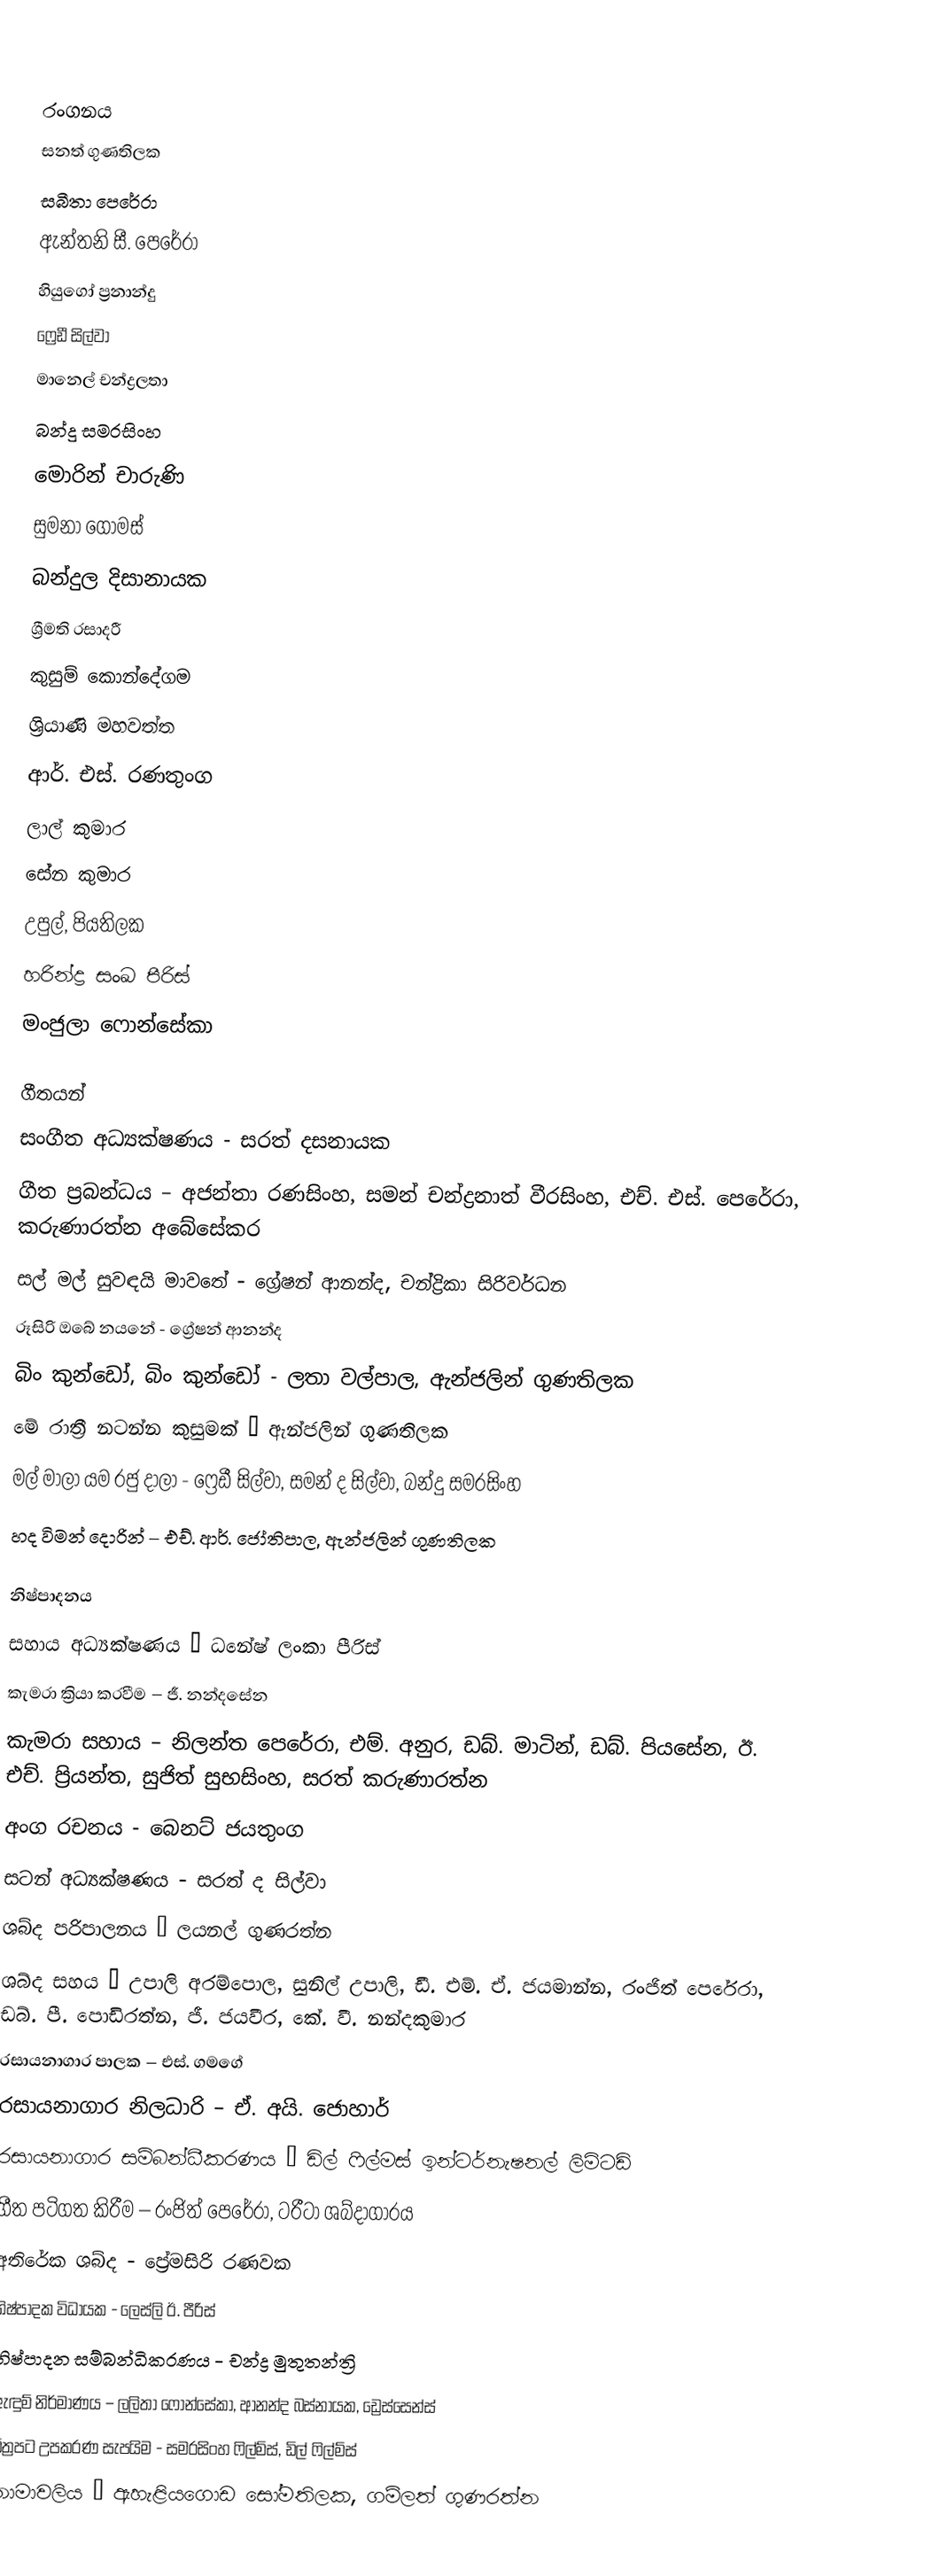

රංගනය
සනත් ගුණතිලක
සබීතා පෙරේරා
ඇන්තනි සී. පෙරේරා
හියුගෝ ප්‍රනාන්දු
ෆ්‍රෙඩී සිල්වා
මානෙල් චන්ද්‍රලතා
බන්දු සමරසිංහ
මොරින් චාරුණි
සුමනා ගෝමස්
බන්දුල දිසානායක
ශ්‍රීමති රසාදරී
කුසුම් කොන්දේගම
ශ්‍රියාණි මහවත්ත
ආර්. එස්. රණතුංග
ලාල් කුමාර
සේන කුමාර
උපුල්, පියතිලක
හරින්ද්‍ර සංඛ පීරිස්
මංජුලා ෆොන්සේකා

ගීතයන්
සංගීත අධ්‍යක්ෂණය - සරත් දසනායක
ගීත ප්‍රබන්ධය – අජන්තා රණසිංහ, සමන් චන්ද්‍රනාත් වීරසිංහ, එච්. එස්. පෙරේරා, කරුණාරත්න අබේසේකර
සල් මල් සුවඳයි මාවතේ - ග්‍රේෂන් ආනන්ද, චන්ද්‍රිකා සිරිවර්ධන
රූසිරි ඔබේ නයනේ - ග්‍රේෂන් ආනන්ද
බිං කුන්ඩෝ, බිං කුන්ඩෝ - ලතා වල්පාල, ඇන්ජලින් ගුණතිලක
මේ රාත්‍රී නටන්න කුසුමක් – ඇන්ජලින් ගුණතිලක
මල් මාලා යම රජු දාලා - ෆ්‍රෙඩී සිල්වා, සමන් ද සිල්වා, බන්දු සමරසිංහ
හද විමන් දොරින් – එච්. ආර්. ජෝතිපාල, ඇන්ජලින් ගුණතිලක

නිෂ්පාදනය
සහාය අධ්‍යක්ෂණය – ධනේෂ් ලංකා පීරිස්
කැමරා ක්‍රියා කරවීම – ජී. නන්දසේන
කැමරා සහාය – නිලන්ත පෙරේරා, එම්. අනුර, ඩබ්. මාටින්, ඩබ්. පියසේන, ඊ. එච්. ප්‍රියන්ත, සුජිත් සුභසිංහ, සරත් කරුණාරත්න
අංග රචනය - බෙනට් ජයතුංග
සටන් අධ්‍යක්ෂණය - සරත් ද සිල්වා
ශබ්ද පරිපාලනය – ලයනල් ගුණරත්න
ශබ්ද සහය – උපාලි අරම්පොල, සුනිල් උපාලි, ඩී. එම්. ඒ. ජයමාන්න, රංජිත් පෙරේරා, ඩබ්. පී. පොඩිරත්න, ජී. ජයවීර, කේ. වී. නන්දකුමාර
රසායනාගාර පාලක – එස්. ගමගේ
රසායනාගාර නිලධාරි – ඒ. අයි. ජොහාර්
රසායනාගාර සම්බන්ධීකරණය – ඩිල් ෆිල්මස් ඉන්ටර්නැෂනල් ලිමිටඩ්
ගීත පටිගත කිරීම – රංජිත් පෙරේරා, ටරීටා ශබ්දාගාරය
අතිරේක ශබ්ද - ප්‍රේමසිරි රණවක
නිෂ්පාදක විධායක - ලෙස්ලි ඊ. පීරිස්
නිෂ්පාදන සම්බන්ධිකරණය - චන්ද්‍ර මුතුතන්ත්‍රි
ඇඳුම් නිර්මාණය – ලලිතා ෆොන්සේකා, ආනන්ද බස්නායක, ඩ්‍රෙස්සෙන්ස්
චිත්‍රපට උපකරණ සැපයිම - සමරසිංහ ෆිල්ම්ස්, ඩිල් ෆිල්ම්ස්
නාමාවලිය – ඇහැළියගොඩ සෝමතිලක, ගම්ලත් ගුණරත්න